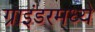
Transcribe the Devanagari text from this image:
ग्राइंडरमध्ये